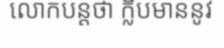
លោកបន្តថា ក្លិបមាននូវ